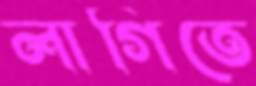
লাগিতে